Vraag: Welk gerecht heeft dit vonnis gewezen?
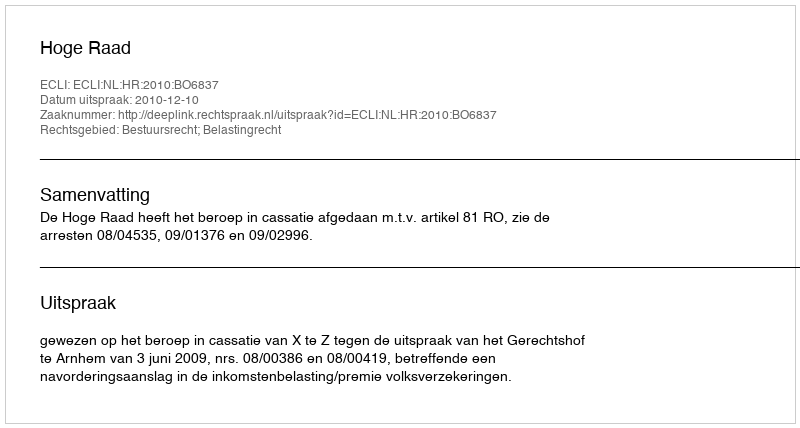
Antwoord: Hoge Raad